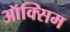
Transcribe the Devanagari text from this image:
ऑक्सिम